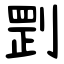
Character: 㓻